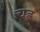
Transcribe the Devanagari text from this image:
चह्र